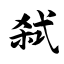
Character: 弑